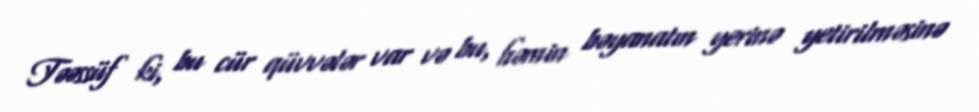
Təəssüf ki, bu cür qüvvələr var və bu, həmin bəyanatın yerinə yetirilməsinə